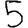
Digit: 5